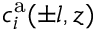
c _ { i } ^ { \mathrm { a } } ( \pm l , z )